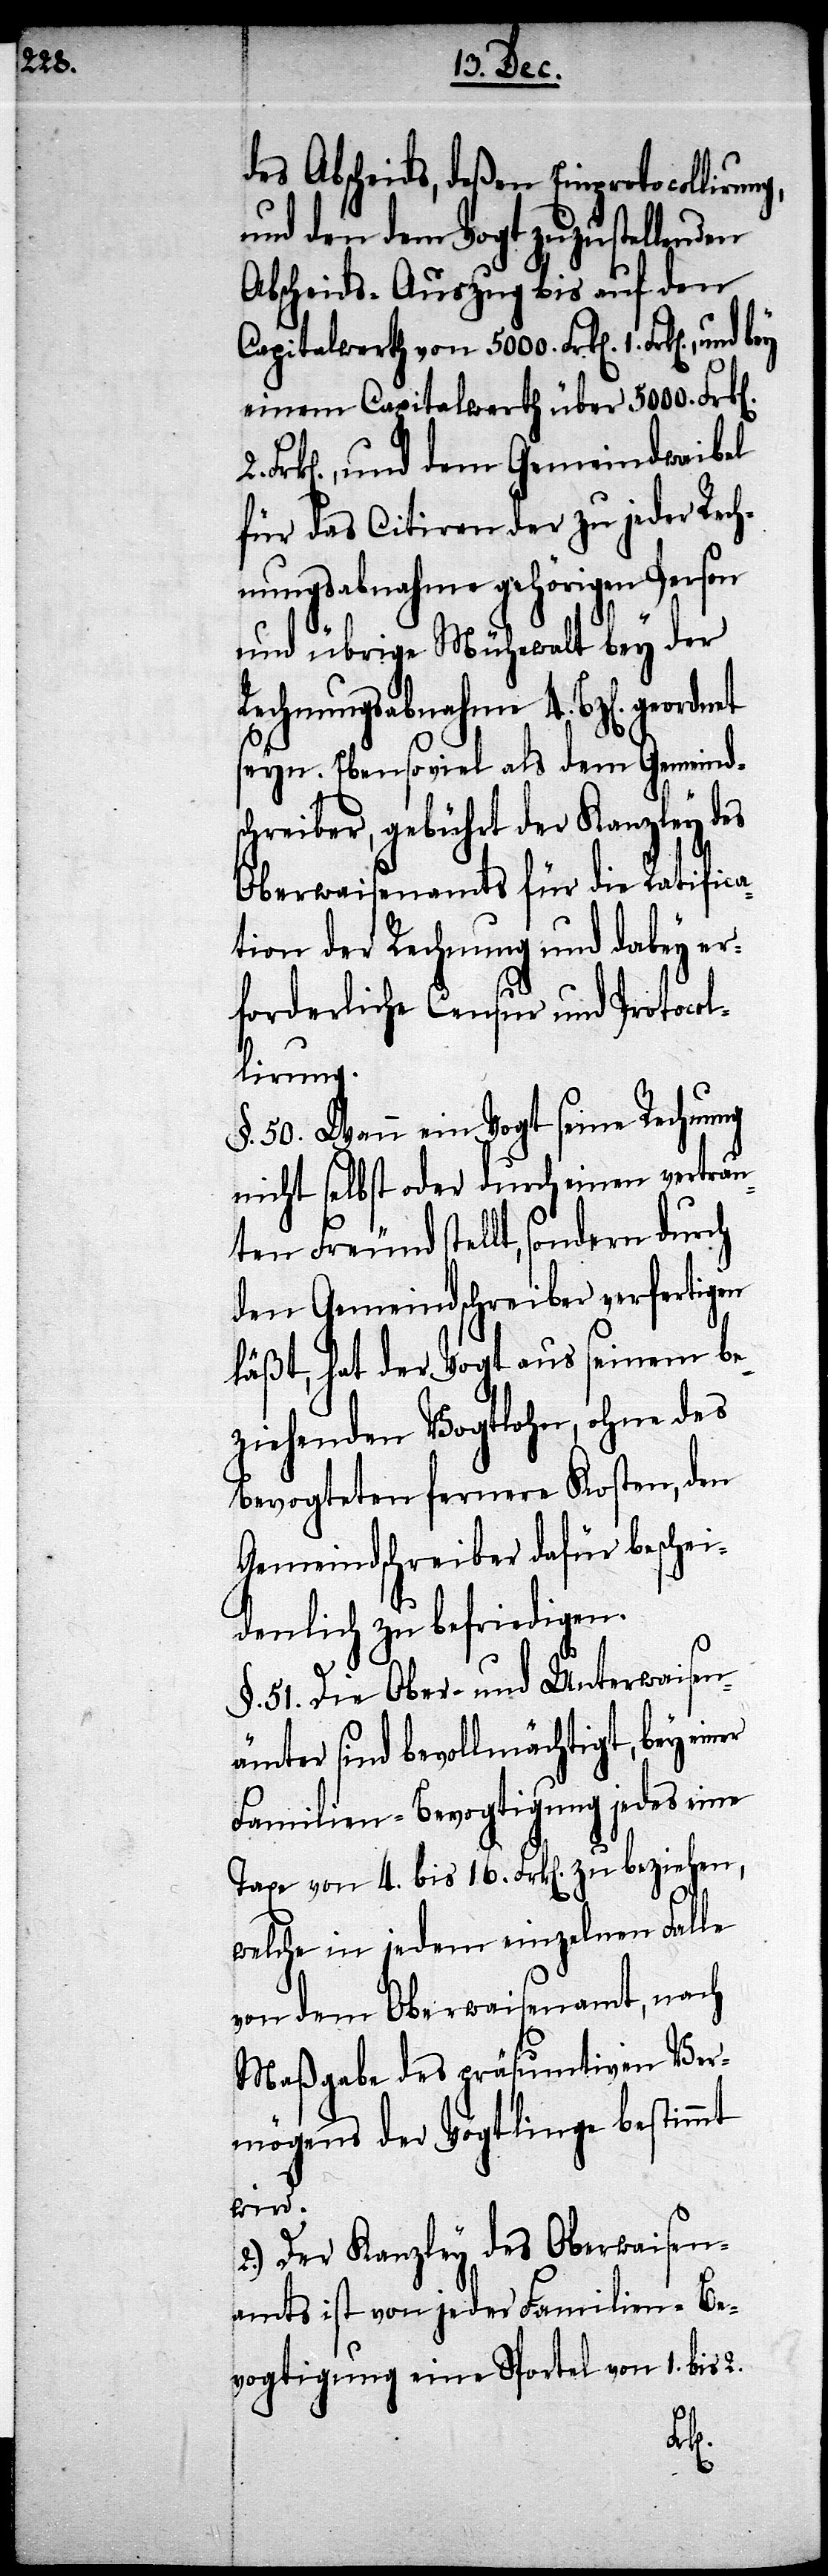
2.

des Abscheids, deßen Einprotocoll¬
und den dem Vogt zuzustellenden
Abscheids-Auszug bis auf den
Captialwerth von 5000. Frk[en]. 1.
einem Capitalwerth über 5000. Frk[e¬
k[en]., und dem Gemeindwaibel
für das Citiren der zu jeder Rec¬
hnungsabnahme 4. Btz[en]. geordnet
seyn. Ebensoviel als dem Gemeind¬
schreiber, gebührt der Kanzley des
Oberwaisenamts für die Ratifica¬
tion der Rechnung und dabey er¬
forderliche Censur und Procol¬
lirung.
§. 50. Wann ein Vogt seine Rechnung
nicht selbst oder durch einen vertrau¬
ten Freund stellt, sondern durch
den Gemeindschreiber verfertigen
läßt, hat der Vogt aus seinem be¬
ziehenden Vogtlohn, ohne des
Bevogteten fernere Kosten, den
Gemeindschreiber dafür beschei¬
denlich zu befriedigen.
[1.] Die Ober- und Unterwaisen¬
ämter sind bevollmächtigt, bey
Familien-Bevogtigung jedes eine
Taxe von 4. bis 16. Frk[en]. zu beziehen,
welche in jedem einzelnen Falle
von dem Oberwaisenamt, nach
Maßgabe des präsumtiven Ver¬
mögens der Vogtlinge bestimmt
wird.
2. Der Kanzley des Oberwaisen¬
amts ist von jeder Familien-Be¬
vogtigung eine Sportel von 1. bis 2.
Fr¬